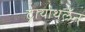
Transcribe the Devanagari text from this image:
ट्रायाथलॅन